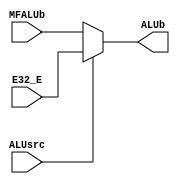
`timescale 1ns / 1ps
//////////////////////////////////////////////////////////////////////////////////
// Company: 
// Engineer: 
// 
// Design Name: 
// Module Name:    MALUb 
// Project Name: 
// Target Devices: 
// Tool versions: 
// Description: 
//
// Dependencies: 
//
// Revision: 
// Revision 0.01 - File Created
// Additional Comments: 
//
//////////////////////////////////////////////////////////////////////////////////
module MALUb(
    input [31:0] MFALUb,
    input [31:0] E32_E,
    input ALUsrc,
    output reg[31:0] ALUb
    );
	 always @* begin
	 if(ALUsrc) ALUb = E32_E;
	 else ALUb = MFALUb;
	 end


endmodule